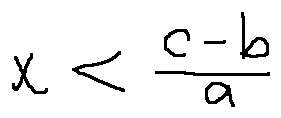
x < \frac { c - b } { a }